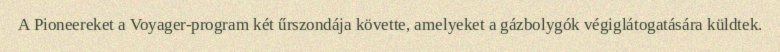
A Pioneereket a Voyager-program két űrszondája követte, amelyeket a gázbolygók végiglátogatására küldtek.